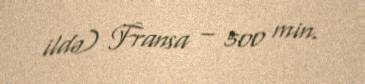
ildə) Fransa – 500 min.